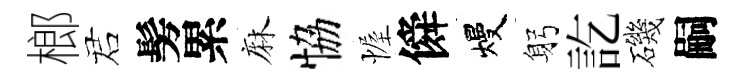
榔诺髣累麻恊幄僢熳躬訖磯嗣